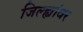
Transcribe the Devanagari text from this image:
जिल्ह्यांवर